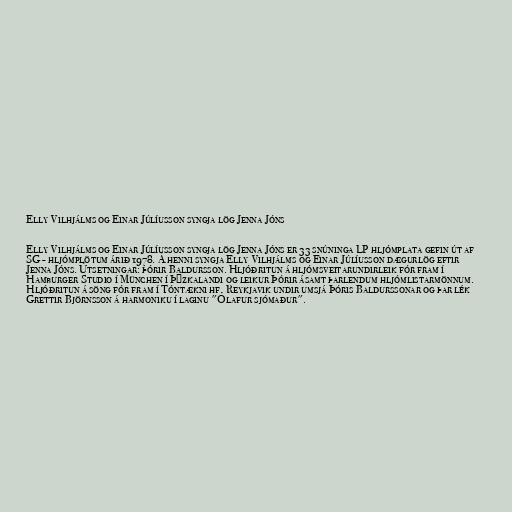
Elly Vilhjálms og Einar Júlíusson syngja lög Jenna Jóns

Elly Vilhjálms og Einar Júlíusson syngja lög Jenna Jóns er 33 snúninga LP hljómplata gefin út af
SG - hljómplötum árið 1978. Á henni syngja Elly Vilhjálms og Einar Júlíusson dægurlög eftir
Jenna Jóns. Útsetningar: þórir Baldursson. Hljóðritun á hljómsveitarundirleik fór fram í
Hamburger Studio í München í Þýzkalandi og leikur Þórir ásamt þarlendum hljómlistarmönnum.
Hljóðritun á söng fór fram í Tóntækni hf. Reykjavik undir umsjá Þóris Baldurssonar og þar lék
Grettir Björnsson á harmoniku í laginu "Ólafur sjómaður".